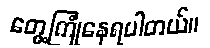
တွေ့ကြုံနေရပါတယ်။